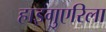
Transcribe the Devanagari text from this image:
हाइगुएरिला